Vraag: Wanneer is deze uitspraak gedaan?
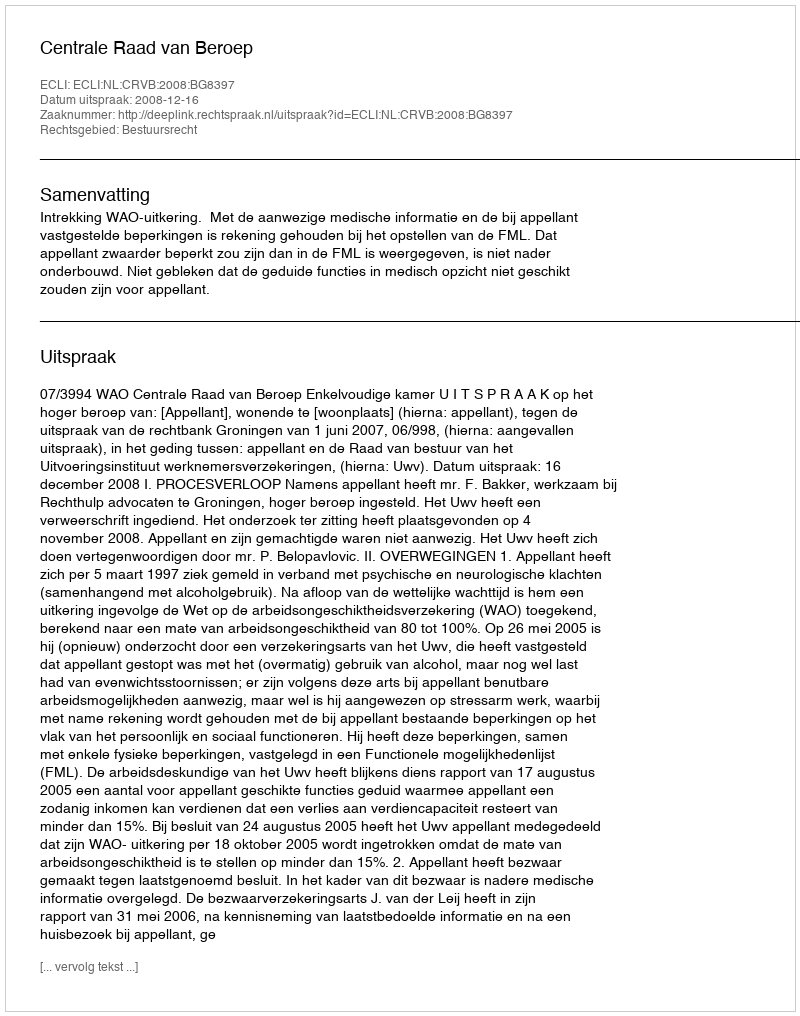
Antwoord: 2008-12-16